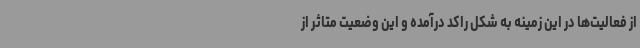
از فعالیت‌ها در این زمینه به شکل راکد درآمده و این وضعیت متاثر از